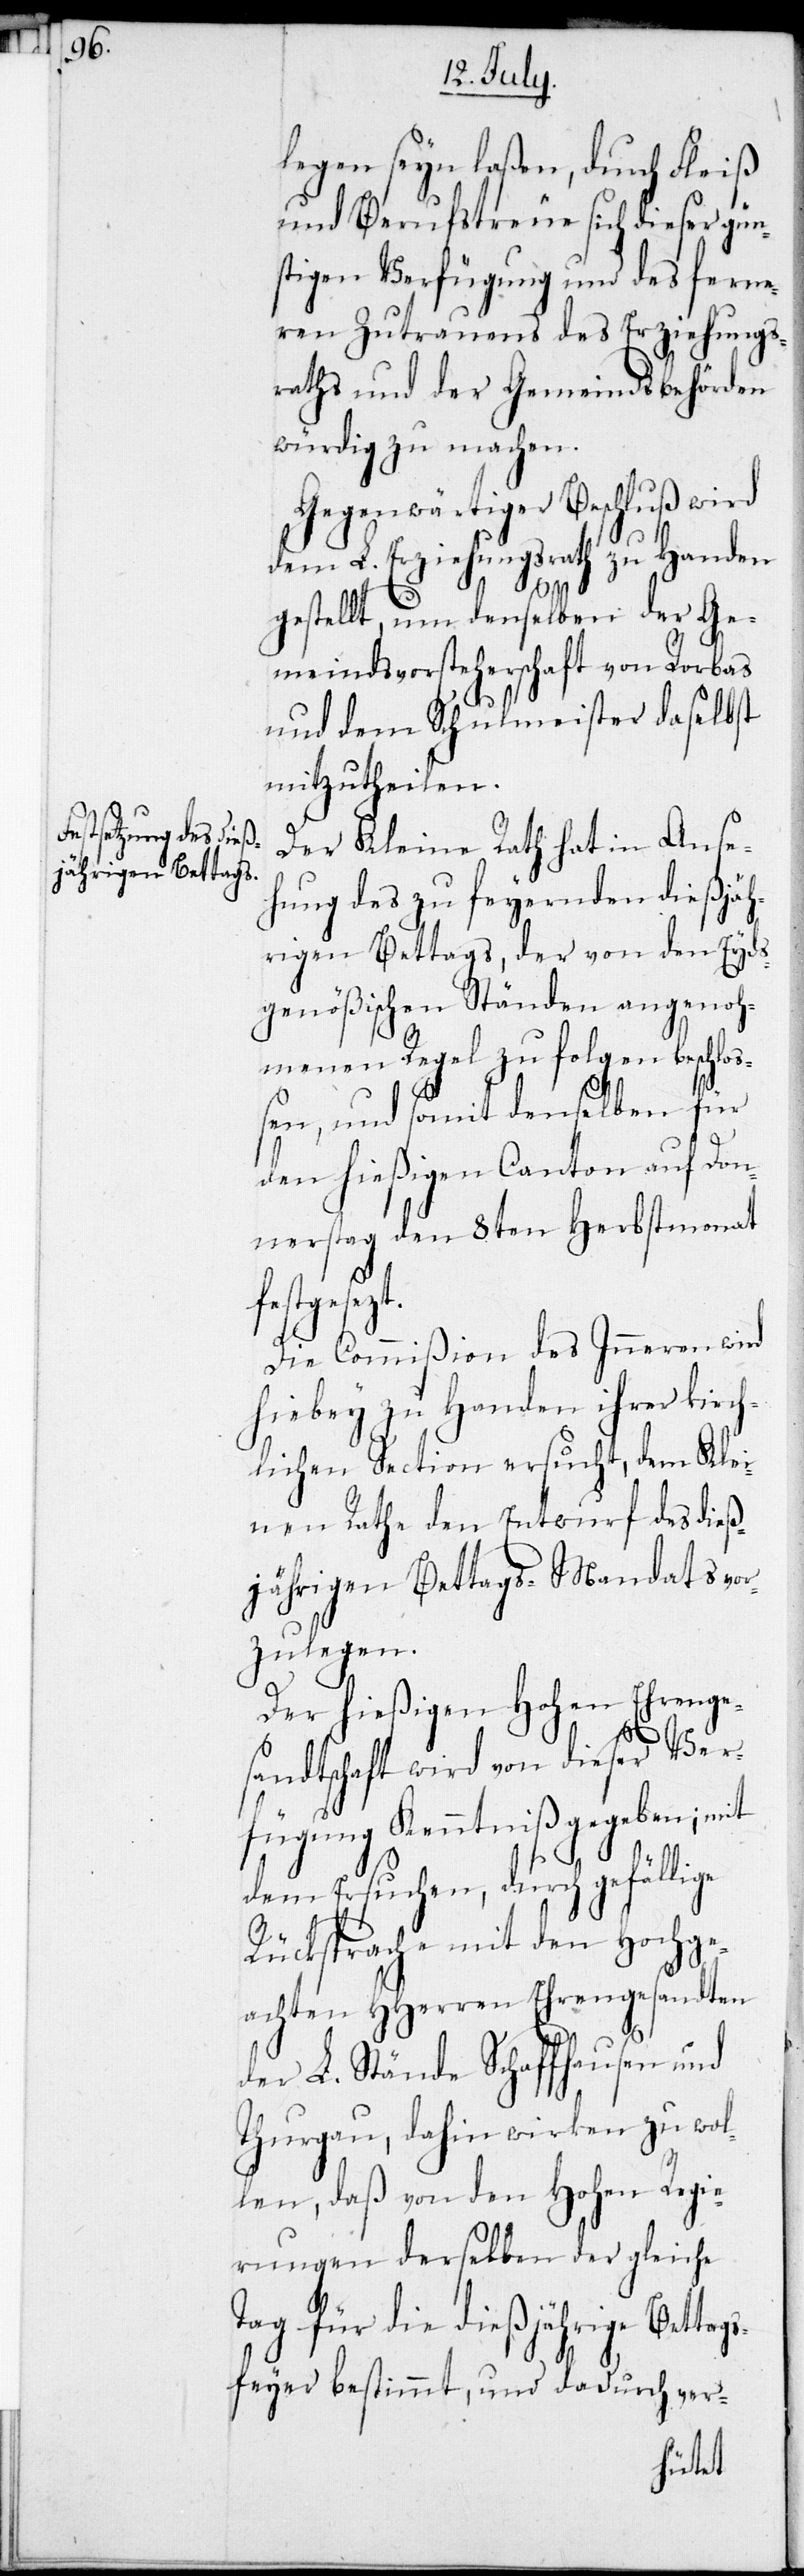
legen seyn laßen, durch Fleiß
und Berufstreue sich dieser gün¬
stigen Verfügung und des ferne¬
ren Zutrauens des Erziehungs¬
raths und der Gemeindebehörden
würdig zu machen.
Gegenwärtiger Beschluß wird
dem L. Erziehungsrath zu Handen
gestellt, um denselben der Ge¬
meindsvorsteherschaft von Rorbas
und dem Schulmeister daselbst
mitzutheilen.
Der Kleine Rath hat in Anse¬
hung des zu feyernden dießjäh¬
rigen Bettags, der von den Eyds¬
genößischen Ständen angenoh¬
menen Regel zu folgen beschloß¬
en, und somit denselben für
den hießigen Canton auf Don¬
nerstag den 8ten Herbstmonat
festgesezt.
Die Commißion des Inneren wird
hiebey zu Handen ihrer kirch¬
lichen Section ersucht, dem Klei¬
nen Rathe den Entwurf des dieß¬
jährigen Bettags-Mandats vor¬
zulegen.
Der hießigen Hohen Ehrenge¬
sandtschaft wird von dieser Ver¬
fügung Kenntniß gegeben, mit
dem Ersuchen, durch gefällige
Rücksprache mit den Hochge¬
achten HHerren Ehrengesandten
der L. Stände Schaffhausen und
Thurgau, dahin wirken zu wol¬
len, daß von den Hohen Regie¬
rungen derselben der gleiche
Tag für die dießjährige Betta¬
gsfeyer bestimmt, und dadurch ver-